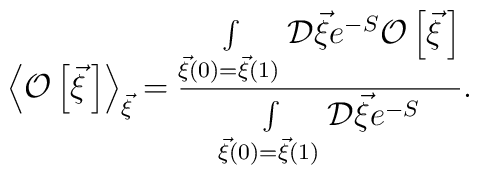
\left<{\cal O}\left[\vec \xi{\,}\right]\right>_{\vec\xi}=\frac{\int\limits_{\vec\xi(0)=\vec\xi(1)}^{}{\cal D}\vec\xi e^{-S}{\cal O}\left[\vec\xi{\,}\right]}{\int\limits_{\vec\xi(0)=\vec\xi(1)}^{}{\cal D}\vec\xi e^{-S}}.